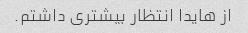
از هایدا انتظار بیشتری داشتم.